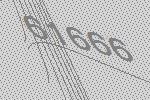
61666